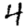
Digit: 4